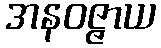
အနဝဇ္ဇာယ